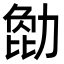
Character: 𠢒